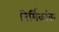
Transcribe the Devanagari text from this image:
निर्मिकांवर